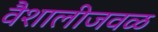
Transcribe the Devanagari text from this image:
वैशालीजवळ